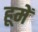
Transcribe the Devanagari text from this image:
हूमें